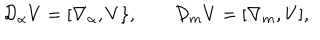
{ \cal D } _ { \alpha } V = [ \nabla _ { \alpha } , V \} , \qquad { \cal D } _ { m } V = [ \nabla _ { m } , V ] ,